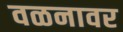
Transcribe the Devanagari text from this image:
वळनावर